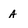
Character: A